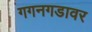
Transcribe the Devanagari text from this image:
गगनगडावर